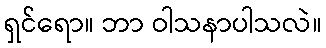
ရှင်ရော။ ဘာ ဝါသနာပါသလဲ။